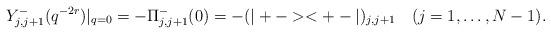
LaTeX: \begin{align*}Y^-_{j,j+1}(q^{-2r})|_{q = 0} = -\Pi_{j,j+1}^-(0) = -(|+-><+-|)_{j,j+1} \quad(j=1,\dots,N-1).\end{align*}